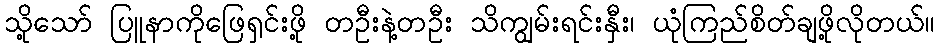
သို့သော် ပြူနာကိုဖြေရှင်းဖို့ တဦးနဲ့တဦး သိကျွမ်းရင်းနှီး၊ ယုံကြည်စိတ်ချဖို့လိုတယ်။